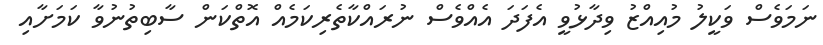
ނަމަވެސް ވަކީލު މުއިއްޒު ވިދާޅުވީ އެފަދަ އެއްވެސް ނުރައްކާތެރިކަމެއް އޮތްކަން ސާބިތުނުވާ ކަމަށާއި